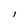
Character: I